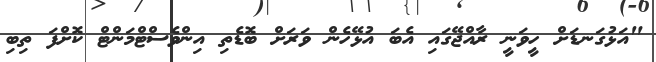
"އަޅުގަނޑަށް ހީވަނީ ރާއްޖޭގައި އެބަ އުޅޭހެން ވަރަށް ބޮޑެތި އިންވެސްޓްމަންޓް ކޮށްފަ ތިބި